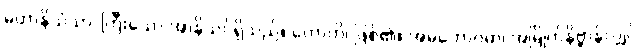
မဟာနိသံသာ၊ ကြီးသော အာနိသင်ရှိသည်။ ဟောတိ၊ ဖြစ်၏။ အမတောဂဓာ၊ အမြိုက်နိဗ္ဗာန်လျှင်